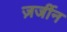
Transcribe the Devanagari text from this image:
ज़र्जीन